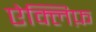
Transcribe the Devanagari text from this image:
ऐक्लिफ़